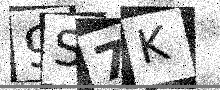
Text: 9S7K